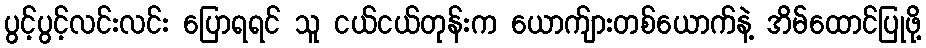
ပွင့်ပွင့်လင်းလင်း ပြောရရင် သူ ငယ်ငယ်တုန်းက ယောက်ျားတစ်ယောက်နဲ့ အိမ်ထောင်ပြုဖို့